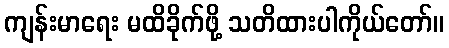
ကျန်းမာရေး မထိခိုက်ဖို့ သတိထားပါကိုယ်တော်။